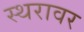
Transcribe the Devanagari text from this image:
स्थरावर